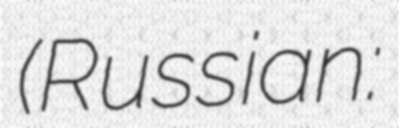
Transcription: (Russian: